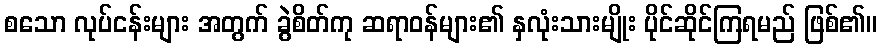
စသော လုပ်ငန်းများ အတွက် ခွဲစိတ်ကု ဆရာဝန်များ၏ နှလုံးသားမျိုး ပိုင်ဆိုင်ကြရမည် ဖြစ်၏။